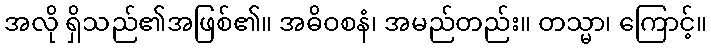
အလို ရှိသည်၏အဖြစ်၏။ အဓိဝစနံ၊ အမည်တည်း။ တသ္မာ၊ ကြောင့်။